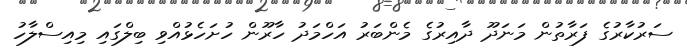
ސަރުކާރުގެ ފަރާތުން މަނަދޫ ދާއިރުގެ މެންބަރު އަހްމަދު ހާރޫން ހުށަހެޅުއްވި ބިލްގައި މިއިސްލާހު